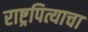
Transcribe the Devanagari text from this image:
राष्ट्रपित्याचा